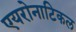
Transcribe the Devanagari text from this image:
एयरोनाटिकल